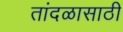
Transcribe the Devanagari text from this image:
तांदळासाठी